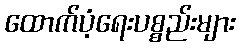
ထောက်ပံ့ရေးပစ္စည်းများ